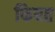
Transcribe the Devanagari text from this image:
फियत